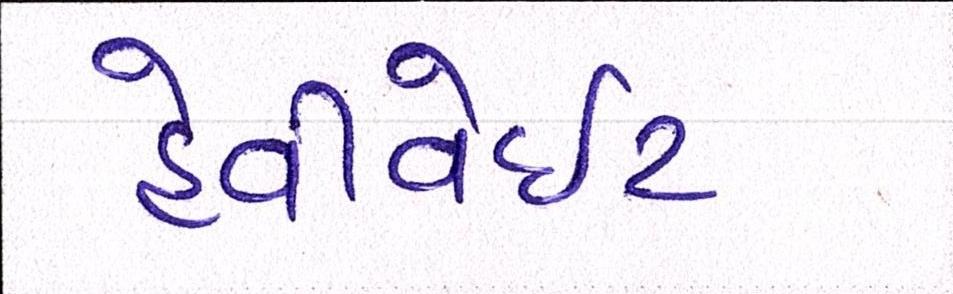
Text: હેવીવેઇટ